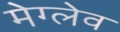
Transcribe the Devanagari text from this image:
मेग्लेव